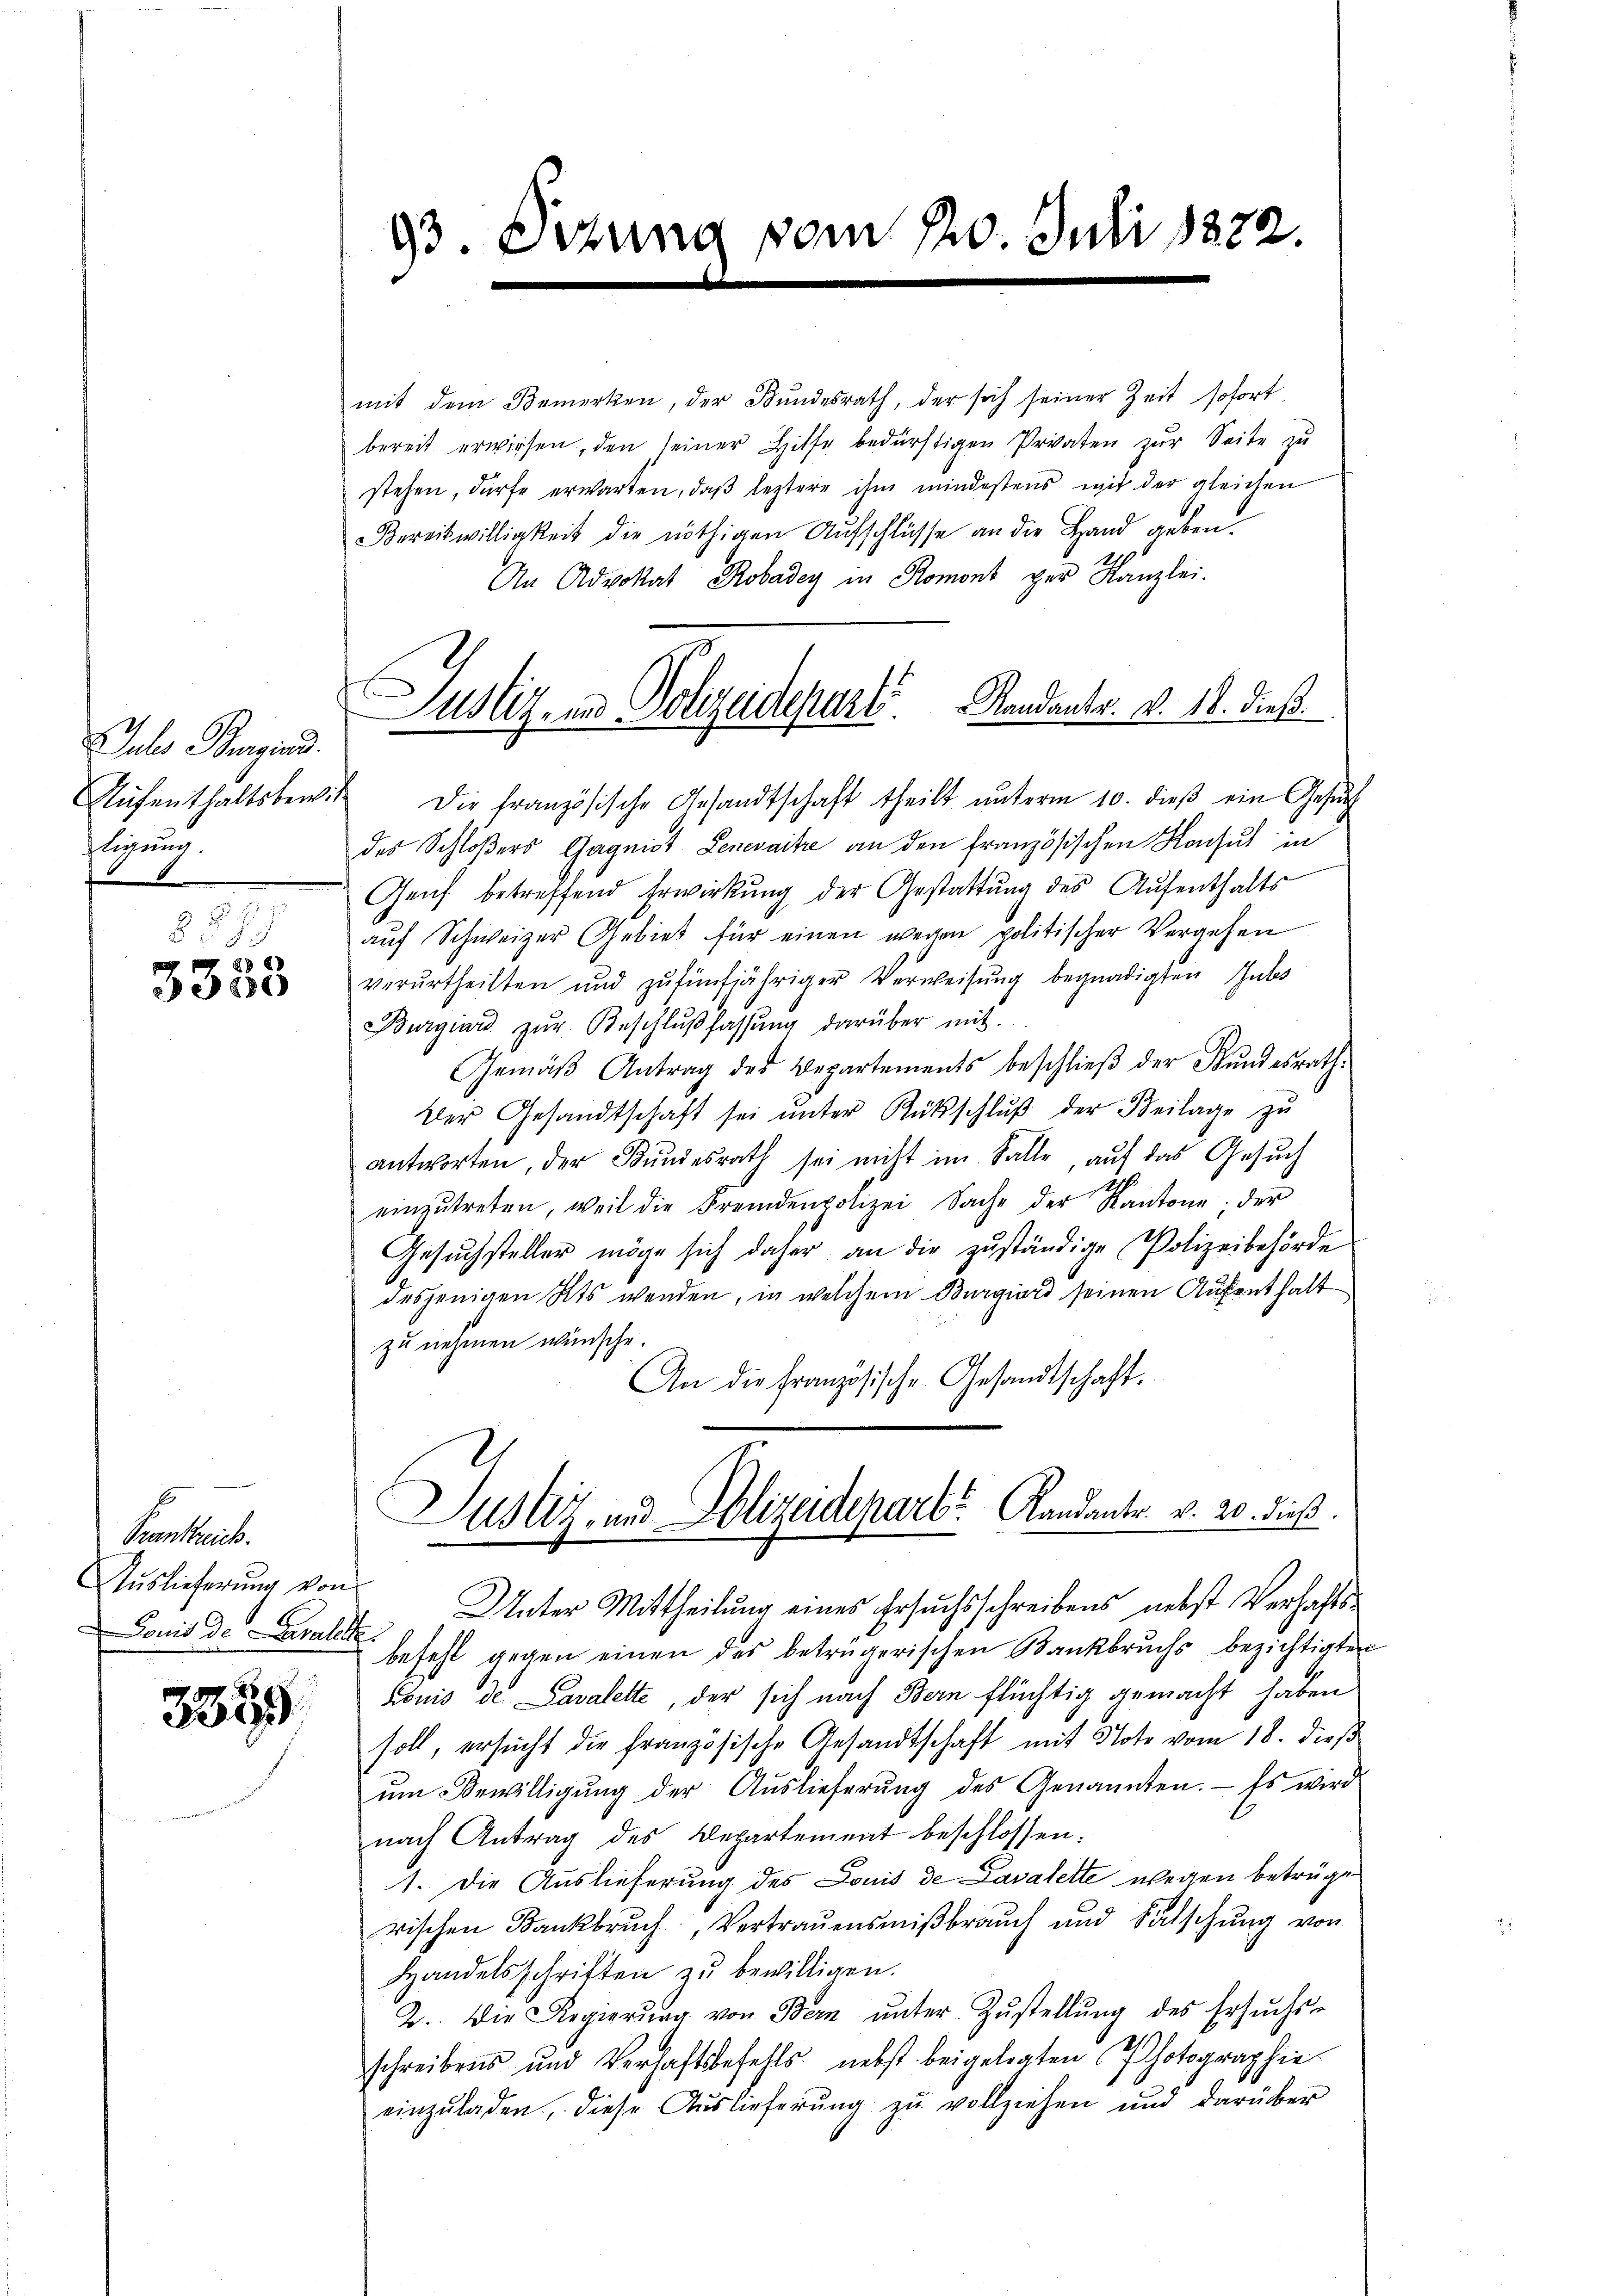
Julo Burgund.
tigung

2
3300

Transtreich.
Auslieferung von
Donis de Lausalite

3355

93. Etzung vom 20. Juli 1872.

mit dem Bemerken, der Bundesrath, der sich seiner Zeit sofort
bereit erwiesen, den seiner Hilfe bedürftigen Privaten zŭr Seite zŭ
stehen, dürfe erwarten, daß leztere ihm mindestens mit der gleichen
Bereitwilligkeit die nöthigen Aufschlüsse an die Hand geben
An Advokat Robadey in Romont per Kanzlei.
Aŭfenthaltsbewill die französische Gesandtschaft theilt ŭnterm 10. dieβ ein Gesŭch
des Schloßers Gagnist Lenevaitre an den französischen Konsul in
Genf betreffend Erwirkung der Gestattŭng des Aŭfenthalts
auf Schweizer Gebiet für einen wegen politischer Vergehen
verurtheilten und zŭfünfjähriger Verweisŭng begnadigten Gutes
Burgiard zŭr Beschlŭβ fassŭng darüber mit.
Gemäβ Antrag des Departements beschlieβ der Bŭndesrath
Der Gesandtschaft sei ŭnter Rückschlŭβ der Beilage zŭ
antworten, der Bŭndesrath sei nicht im Falle, auf das Gesuch
einzŭtreten, weil die Fremdenpolizei Sache der Kantone; der
Gesŭchsteller möge sich daher an die zŭständige Polizeibehörde
desjenigen Kts wenden, in welchem Burgiard seinen Aufenthalt
zu nehmen wünsche.
An die Französische Gesandtschaft.
Justiz- und Polizeidepart Randanter. v. 20. dieß.
Unter Mittheilung eines Ersuchsschreibens nebst Verhaftsbefehl gegen einen des betrügerischen Bankbruchs bezichtigten
Louis de Lavalette, der sich nach Bern flüchtig gemacht haben
soll, ersucht die französische Gesandtschaft mit Note vom 18. dieß
ŭm Bewilligŭng der Aŭslieferŭng des Genannten. Es wird
nach Antrag des Departement beschlossen:
1. Die Auslieferung des Louis de Cavalette wegen betrüge
rischen Bankbrŭch, Vertrauensmiβbraŭch und Sätschŭng von
Handelsschriften zu bewilligen.
2.. Die Regierŭng von Bern ŭnter Zŭstellŭng des Ersuchs-
schreibens und Verhaftsbefehls nebst beigelegten Photographie
einzŭladen, diese Auslieferŭng zŭ vollziehen und darüber

Justiz- und Polizeideparti.  Randants. v. 18. dieß